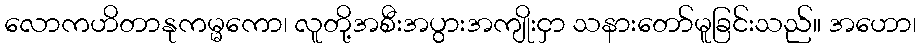
လောကဟိတာနုကမ္မကော၊ လူတို့အစီးအပွားအကျိုးငှာ သနားတော်မူခြင်းသည်။ အဟော၊